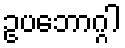
ဥပဘောဂ္ဂါ